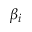
\beta _ { i }